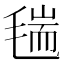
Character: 𣮼